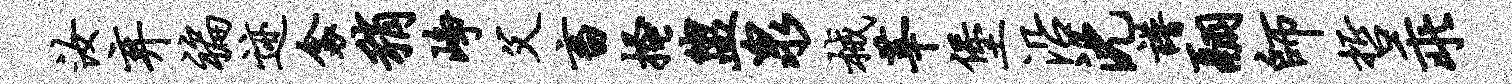
汝弃褊迹衾稍峥父畜搔盥泉械莘堡沿沈谱翮师哲乖